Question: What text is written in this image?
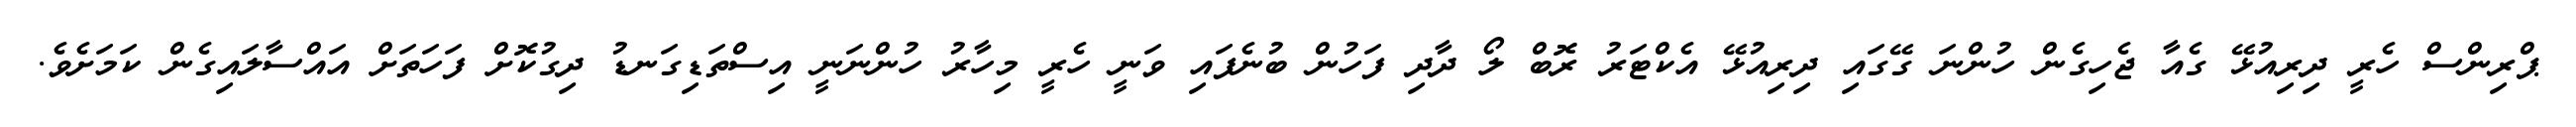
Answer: ޕްރިންސް ހެރީ ދިރިއުޅޭ ގެއާ ޖެހިގެން ހުންނަ ގޭގައި ދިރިއުޅޭ އެކްޓަރު ރޮބް ލޯ ދާދި ފަހުން ބުނެފައި ވަނީ ހެރީ މިހާރު ހުންނަނީ އިސްތަޑިގަނޑު ދިގުކޮށް ފަހަތަށް އައްސާލައިގެން ކަމަށެވެ.